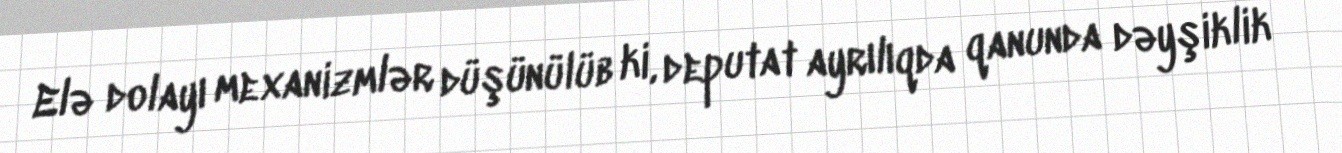
Elə dolayı mexanizmlər düşünülüb ki, deputat ayrılıqda qanunda dəyşiklik